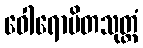
ဝေါရောပိတသုတ္တံ